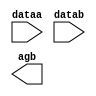
// megafunction wizard: %LPM_COMPARE%VBB%
// GENERATION: STANDARD
// VERSION: WM1.0
// MODULE: lpm_compare 

// ============================================================
// Megafunction Name(s):
// 			lpm_compare
//
// Simulation Library Files(s):
// 			lpm
// ============================================================
// ************************************************************
// THIS IS A WIZARD-GENERATED FILE. DO NOT EDIT THIS FILE!
//
// 9.0 Build 132 02/25/2009 SJ Web Edition
// ************************************************************

//Copyright (C) 1991-2009 Altera Corporation
//Your use of Altera Corporation's design tools, logic functions 
//and other software and tools, and its AMPP partner logic 
//functions, and any output files from any of the foregoing 
//(including device programming or simulation files), and any 
//associated documentation or information are expressly subject 
//to the terms and conditions of the Altera Program License 
//Subscription Agreement, Altera MegaCore Function License 
//Agreement, or other applicable license agreement, including, 
//without limitation, that your use is for the sole purpose of 
//programming logic devices manufactured by Altera and sold by 
//Altera or its authorized distributors.  Please refer to the 
//applicable agreement for further details.

module CMP_32bit (
	dataa,
	datab,
	agb);

	input	[31:0]  dataa;
	input	[31:0]  datab;
	output	  agb;

endmodule

// ============================================================
// CNX file retrieval info
// ============================================================
// Retrieval info: PRIVATE: AeqB NUMERIC "0"
// Retrieval info: PRIVATE: AgeB NUMERIC "0"
// Retrieval info: PRIVATE: AgtB NUMERIC "1"
// Retrieval info: PRIVATE: AleB NUMERIC "0"
// Retrieval info: PRIVATE: AltB NUMERIC "0"
// Retrieval info: PRIVATE: AneB NUMERIC "0"
// Retrieval info: PRIVATE: INTENDED_DEVICE_FAMILY STRING "Stratix II"
// Retrieval info: PRIVATE: LPM_PIPELINE NUMERIC "0"
// Retrieval info: PRIVATE: Latency NUMERIC "0"
// Retrieval info: PRIVATE: PortBValue NUMERIC "0"
// Retrieval info: PRIVATE: Radix NUMERIC "10"
// Retrieval info: PRIVATE: SYNTH_WRAPPER_GEN_POSTFIX STRING "0"
// Retrieval info: PRIVATE: SignedCompare NUMERIC "1"
// Retrieval info: PRIVATE: aclr NUMERIC "0"
// Retrieval info: PRIVATE: clken NUMERIC "0"
// Retrieval info: PRIVATE: isPortBConstant NUMERIC "0"
// Retrieval info: PRIVATE: nBit NUMERIC "32"
// Retrieval info: CONSTANT: LPM_REPRESENTATION STRING "SIGNED"
// Retrieval info: CONSTANT: LPM_TYPE STRING "LPM_COMPARE"
// Retrieval info: CONSTANT: LPM_WIDTH NUMERIC "32"
// Retrieval info: USED_PORT: AgB 0 0 0 0 OUTPUT NODEFVAL AgB
// Retrieval info: USED_PORT: dataa 0 0 32 0 INPUT NODEFVAL dataa[31..0]
// Retrieval info: USED_PORT: datab 0 0 32 0 INPUT NODEFVAL datab[31..0]
// Retrieval info: CONNECT: AgB 0 0 0 0 @AgB 0 0 0 0
// Retrieval info: CONNECT: @dataa 0 0 32 0 dataa 0 0 32 0
// Retrieval info: CONNECT: @datab 0 0 32 0 datab 0 0 32 0
// Retrieval info: LIBRARY: lpm lpm.lpm_components.all
// Retrieval info: GEN_FILE: TYPE_NORMAL CMP_32bit.v TRUE
// Retrieval info: GEN_FILE: TYPE_NORMAL CMP_32bit.inc FALSE
// Retrieval info: GEN_FILE: TYPE_NORMAL CMP_32bit.cmp TRUE
// Retrieval info: GEN_FILE: TYPE_NORMAL CMP_32bit.bsf TRUE FALSE
// Retrieval info: GEN_FILE: TYPE_NORMAL CMP_32bit_inst.v FALSE
// Retrieval info: GEN_FILE: TYPE_NORMAL CMP_32bit_bb.v TRUE
// Retrieval info: GEN_FILE: TYPE_NORMAL CMP_32bit_waveforms.html TRUE
// Retrieval info: GEN_FILE: TYPE_NORMAL CMP_32bit_wave*.jpg FALSE
// Retrieval info: LIB_FILE: lpm